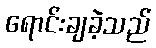
ရောင်းချခဲ့သည်